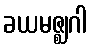
ခယမဇ္ဈဂါ